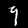
Label: 9